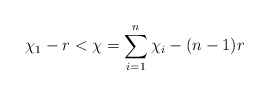
\begin{align*} \chi_1 - r < \chi = \sum\limits_{i=1}^n \chi_i - (n-1)r \end{align*}